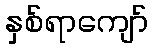
နှစ်ရာကျော်